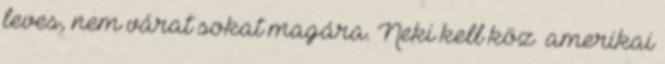
leves, nem várat sokat magára. Neki kell köz� amerikai